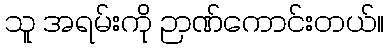
သူ အရမ်းကို ဉာဏ်ကောင်းတယ်။